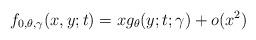
LaTeX: \begin{align*}f_{0,\theta,\gamma}(x,y;t)=xg_\theta(y;t;\gamma) + o(x^2)\end{align*}